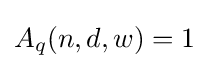
A_{q}(n,d,w)=1